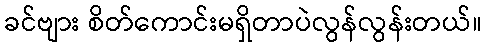
ခင်ဗျား စိတ်ကောင်းမရှိတာပဲလွန်လွန်းတယ်။